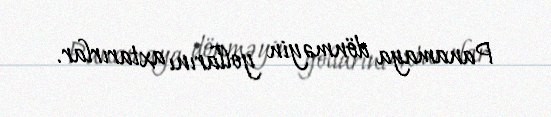
Panamaya dönməyin yollarını axtarırlar.